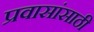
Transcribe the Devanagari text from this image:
प्रवासांसाठी